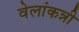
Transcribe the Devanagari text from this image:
वेलांकन्नी